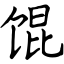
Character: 馄